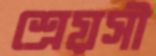
শ্রেয়সী